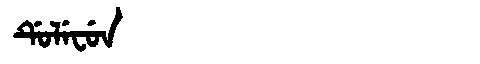
Manchu: ᡩᡠᠯᡝᠸᡠᠨ
Romanization: DULEFUN